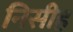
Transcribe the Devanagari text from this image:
निसीह